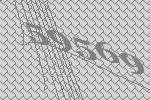
59569